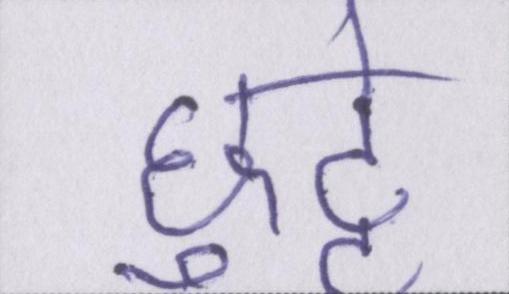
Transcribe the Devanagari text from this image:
छुट्टे